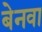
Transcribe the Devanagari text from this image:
बेनवा